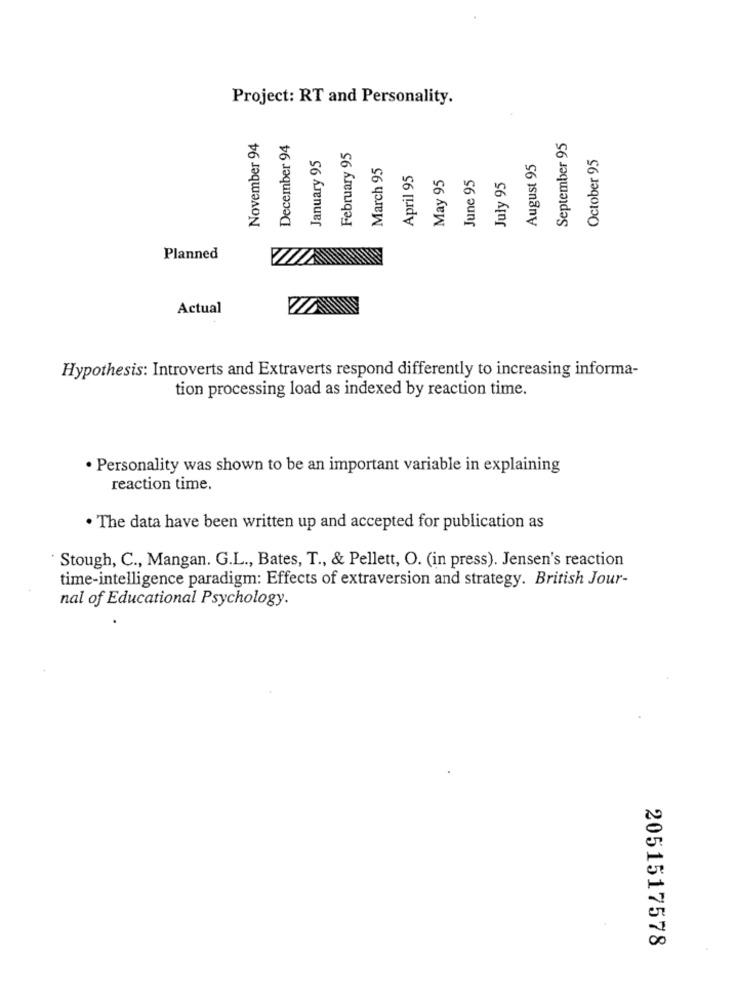
Project: RT and Personality.
November 94
December 94
September 95
January 95
February 95
October 95
March 95
August 95
April 95
May 95
June 95
July 95
Planned
Actual
Hypothesis: Introverts and Extraverts respond differently to increasing informa-
tion processing load as indexed by reaction time.
· Personality was shown to be an important variable in explaining
reaction time.
· The data have been written up and accepted for publication as
Stough, C ., Mangan. G.L ., Bates, T ., & Pellett, O. (in press). Jensen's reaction
time-intelligence paradigm: Effects of extraversion and strategy. British Jour-
nal of Educational Psychology.
2051517578